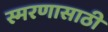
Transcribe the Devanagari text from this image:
स्मरणासाठी